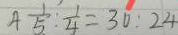
4 \frac { 1 } { 5 } : \frac { 1 } { 4 } = 3 0 : 2 4